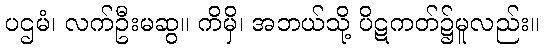
ပဌမံ၊ လက်ဦးမဆွ။ ကိမှိ၊ အဘယ်သို့ ပိဋကတ်၌မူလည်း။